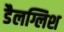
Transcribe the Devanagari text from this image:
डैलग्लिश